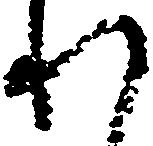
れ